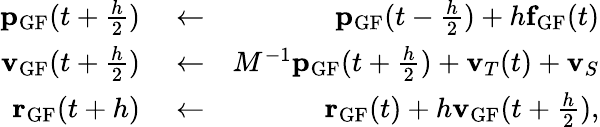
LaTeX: \begin{array}{rlr}{{\mathbf p}_{\textrm{GF}}(t+\frac{h}{2})}&{{}\leftarrow}&{{\mathbf p}_{\textrm{GF}}(t-\frac{h}{2})+h{\mathbf f}_{\textrm{GF}}(t)}\\ {{\mathbf v}_{\textrm{GF}}(t+\frac{h}{2})}&{{}\leftarrow}&{M^{-1}{\mathbf p}_{\textrm{GF}}(t+\frac{h}{2})+{\mathbf v}_{T}(t)+{\mathbf v}_{S}}\\ {{\mathbf r}_{\textrm{GF}}(t+h)}&{{}\leftarrow}&{{\mathbf r}_{\textrm{GF}}(t)+h{\mathbf v}_{\textrm{GF}}(t+\frac{h}{2}),}\end{array}